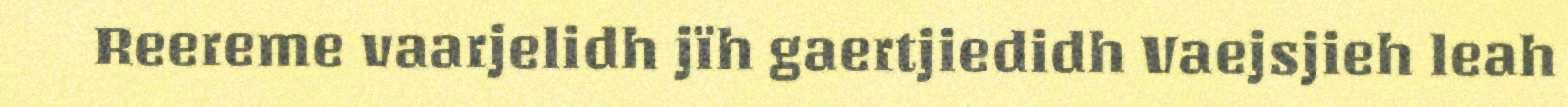
Reereme vaarjelidh jïh gaertjiedidh Vaejsjieh leah